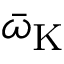
\bar { \omega } _ { \mathrm { K } }